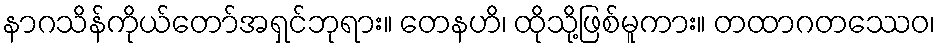
နာဂသိန်ကိုယ်တော်အရှင်ဘုရား။ တေနဟိ၊ ထိုသို့ဖြစ်မူကား။ တထာဂတဿေဝ၊